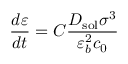
{ \frac { d \varepsilon } { d t } } = C { \frac { D _ { \mathrm { { s o l } } } \sigma ^ { 3 } } { \varepsilon _ { b } ^ { 2 } c _ { 0 } } }